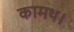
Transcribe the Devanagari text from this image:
कामथ।